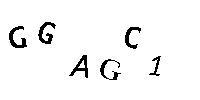
GGAGC1